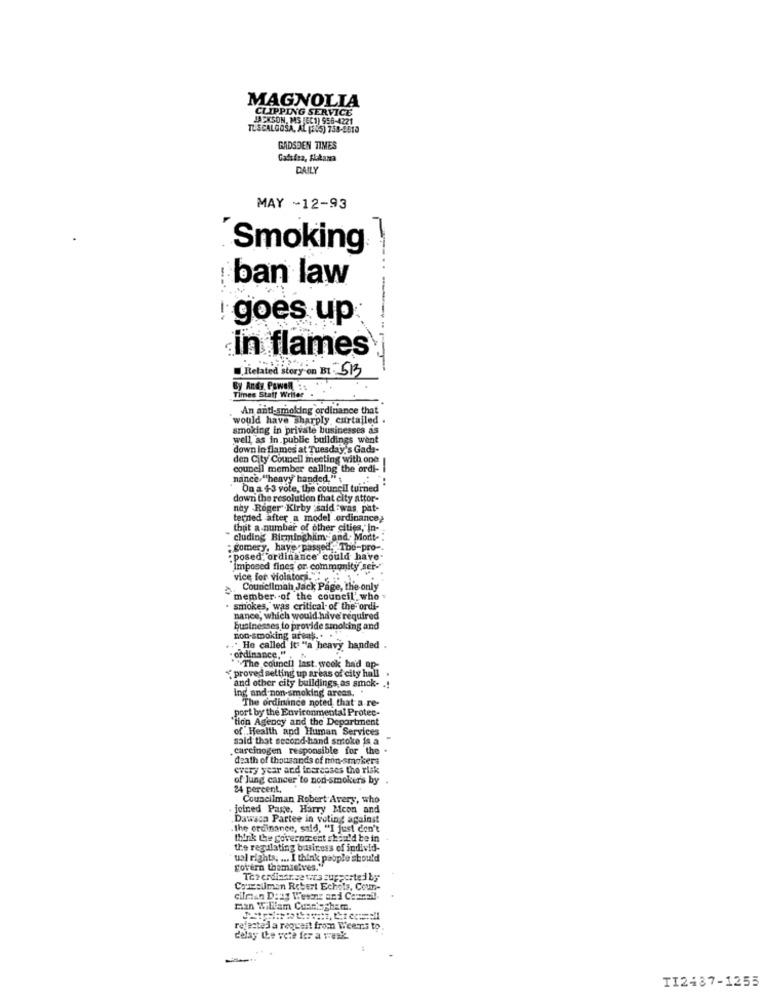
MAGNOLIA
CLIPPING SERVICE
IN. MS /EC1) 956-4221
TUSCALOOSA, AL (AUS) 73
GADSDEN TIMES
Gadsica, Alabama
DAILY
MAY -12-93
Smoking
ban law
: goes up
in flames
[Related story on B1 : 513
By Andy. Powohl 3:
Times Staff Writer
An anti-smoking ordinance that
would have sharply curtailed .
smoking in private businesses as
well as in public buildings went
down in flames at Tuesday's Gads-
den City Council meeting with one
council member calling the ordi-
nance.""heavy handed."
On a 43 vole, the council turned"
down the resolution that city attor-
nay Roger Kirby said :was, pat-
tetried after a model ordinance>
that a number of other cities, in-
cluding Birmingham; and, Mort-
" gomery, have passed " Tbe-pro -.
. posed. ordinance could have-
Imposed fines or community ser-"
vice for violators. .
Councilmah Jack Page, the only
member of the council' who
smokes, was critical of the" ordi-
nance, which would have'required
businesses to provide smoking and
non-smoking areas .. .
." He called" it "a heavy handed
ordinance."
"The council last week ha'd ap-
proved setting up areas of city hall
ing and non-smoking areas.
and other city buildings, as smok- .!
The ordinince noted that a re-
port by the Environmental Protec-
"tion Agency and the Department
of Health and Human Services
said that second-hand smoke is a "
carcinogen responsible for the
death of thousands of non-smokers
every year and increases the risk
of lung cancer to non-smokers by
24 percent,
Councilman Robert Avery, who
joined Page, Harry Mcon and
Dawaca Partee in voting against
.the ordinance, said, "I just don't
think the government should be in
the regulating business of individ-
ual rights. ... I think pabple should
govern themieives.'
Tererdiasrsg wes zuppertedby
Councilman Robert Echols, Coun-
cilman Deng Wesens and Cameall.
Man Willam Condiogham.
rejected a request from Weens to.
delay the vete for a week.
TI2437-1255